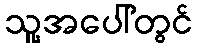
သူ့အပေါ်တွင်